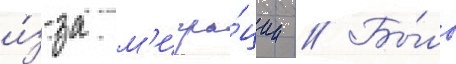
и́з-за м'игра́ции // Бы́ло